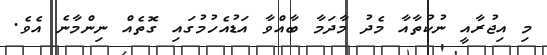
މި އިޖުރާއީ ނުކުތާއާ މެދު މާދަމާ ބާއްވާ އަޑުއެހުމުގައި ގޮތެއް ނިންމާނެ އެވެ.